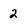
Character: 2